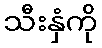
သီးနှံကို